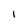
Character: 1